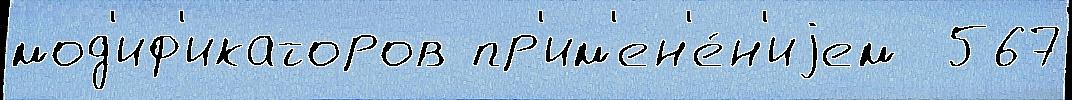
мод'иф'икаторов пр'им'ен'е́н'иjем  567